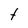
Character: t